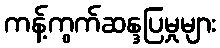
ကန့်ကွက်ဆန္ဒပြမှုများ